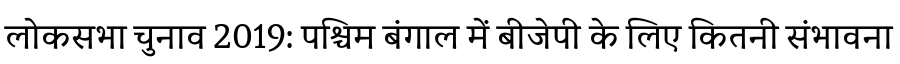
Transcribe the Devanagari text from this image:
लोकसभा चुनाव 2019: पश्चिम बंगाल में बीजेपी के लिए कितनी संभावना